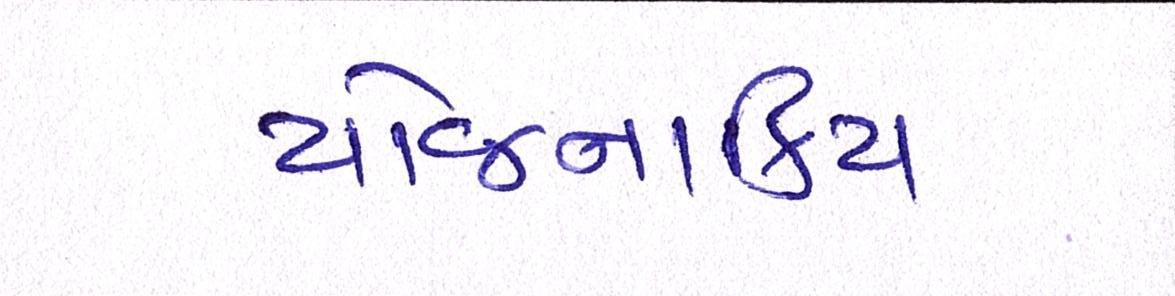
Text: યોજનાકિય